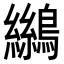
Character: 𪆓